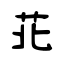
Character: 苝